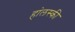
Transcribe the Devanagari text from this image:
हा॓लस्की